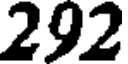
292